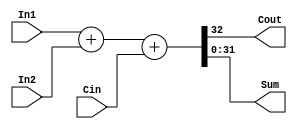
module FA_dataflow (Cout, Sum,In1,In2,Cin);
input [31:0] In1,In2;
input Cin;
output Cout;
output [31:0] Sum;
assign {Cout,Sum}=In1+In2+Cin;
endmodule

// module tb32bitadd;
// reg [31:0] IN1,IN2;
// wire [31:0] OUT;
// wire Cout;
// FA_dataflow a1 (Cout,OUT,IN1,IN2,1'b0);
// initial
// begin
//     $monitor("%b %b %b %b",Cout,OUT,IN1,IN2);
// end
// initial
// begin
// IN1=32'hA5A5;
// IN2=32'h5A5A;
// #100 IN1=32'h5A5A;
// #400 $finish;
// end
// endmodule